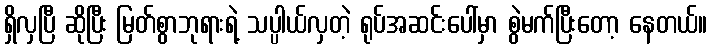
ရှိလှပြီ ဆိုပြီး မြတ်စွာဘုရားရဲ့ သပ္ပါယ်လှတဲ့ ရုပ်အဆင်းပေါ်မှာ စွဲမက်ပြီးတော့ နေတယ်။